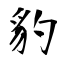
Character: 豹